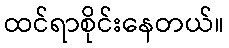
ထင်ရာစိုင်းနေတယ်။